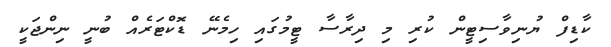
ކާޑިފް ޔުނިވާސިޓީން ކުރި މި ދިރާސާ ޓީމުގައި ހިމެނޭ ޑޮކްޓަރެއް ބުނީ ނިންޖަކީ